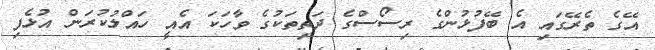
އޭގެ ތެރޭގައި އެ ބޭފުޅުންގެ ރިސޯސްގެ ދަތިތަކުގެ ވާހަކަ އެއީ ހައްލުކުރަން އުޅެފި